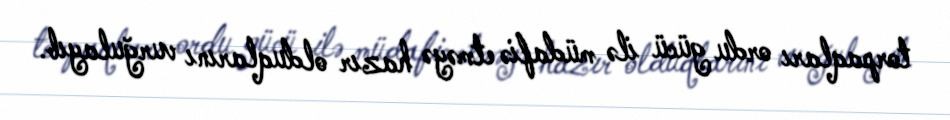
torpaqları ordu gücü ilə müdafiə etməyə hazır olduqlarını vurğulayıb.